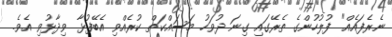
ނެރެފައެއް" ފުލުހުންގެ ތެރޭގައި ގިނަ ދުވަހު މަސައްކަތް ކުރެއްވި އެބޭފުޅާ ވިދާޅުވި އެވެ.